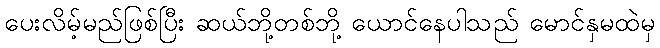
ပေးလိမ့်မည်ဖြစ်ပြီး ဆယ်ဘို့တစ်ဘို့ ယောင်နေပါသည် မောင်နှမထဲမှ